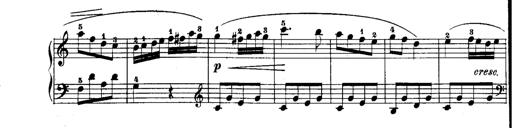
Title: Rondos and Sonatinas for Pianoforte
Composer: Daniel Steibelt